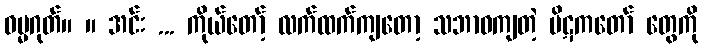
ဓမ္မဂုတ်။ ။ အင်း ... ကိုယ်တော့် လက်ထက်ကျတော့ သဘာဝကျတဲ့ ပိဋကတော် တွေကို